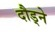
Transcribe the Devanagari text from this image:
दौड्ने